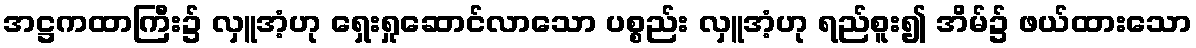
အဋ္ဌကထာကြီး၌ လှူအံ့ဟု ရှေးရှုဆောင်လာသော ပစ္စည်း လှူအံ့ဟု ရည်စူး၍ အိမ်၌ ဖယ်ထားသော